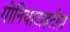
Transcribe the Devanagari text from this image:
गोनियाटाइटीज़